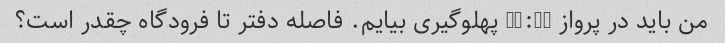
من باید در پرواز 11:30 پهلوگیری بیایم. فاصله دفتر تا فرودگاه چقدر است؟